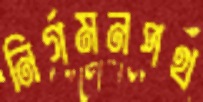
নির্গমনপথ